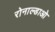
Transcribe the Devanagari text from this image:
रोनाल्डाओ